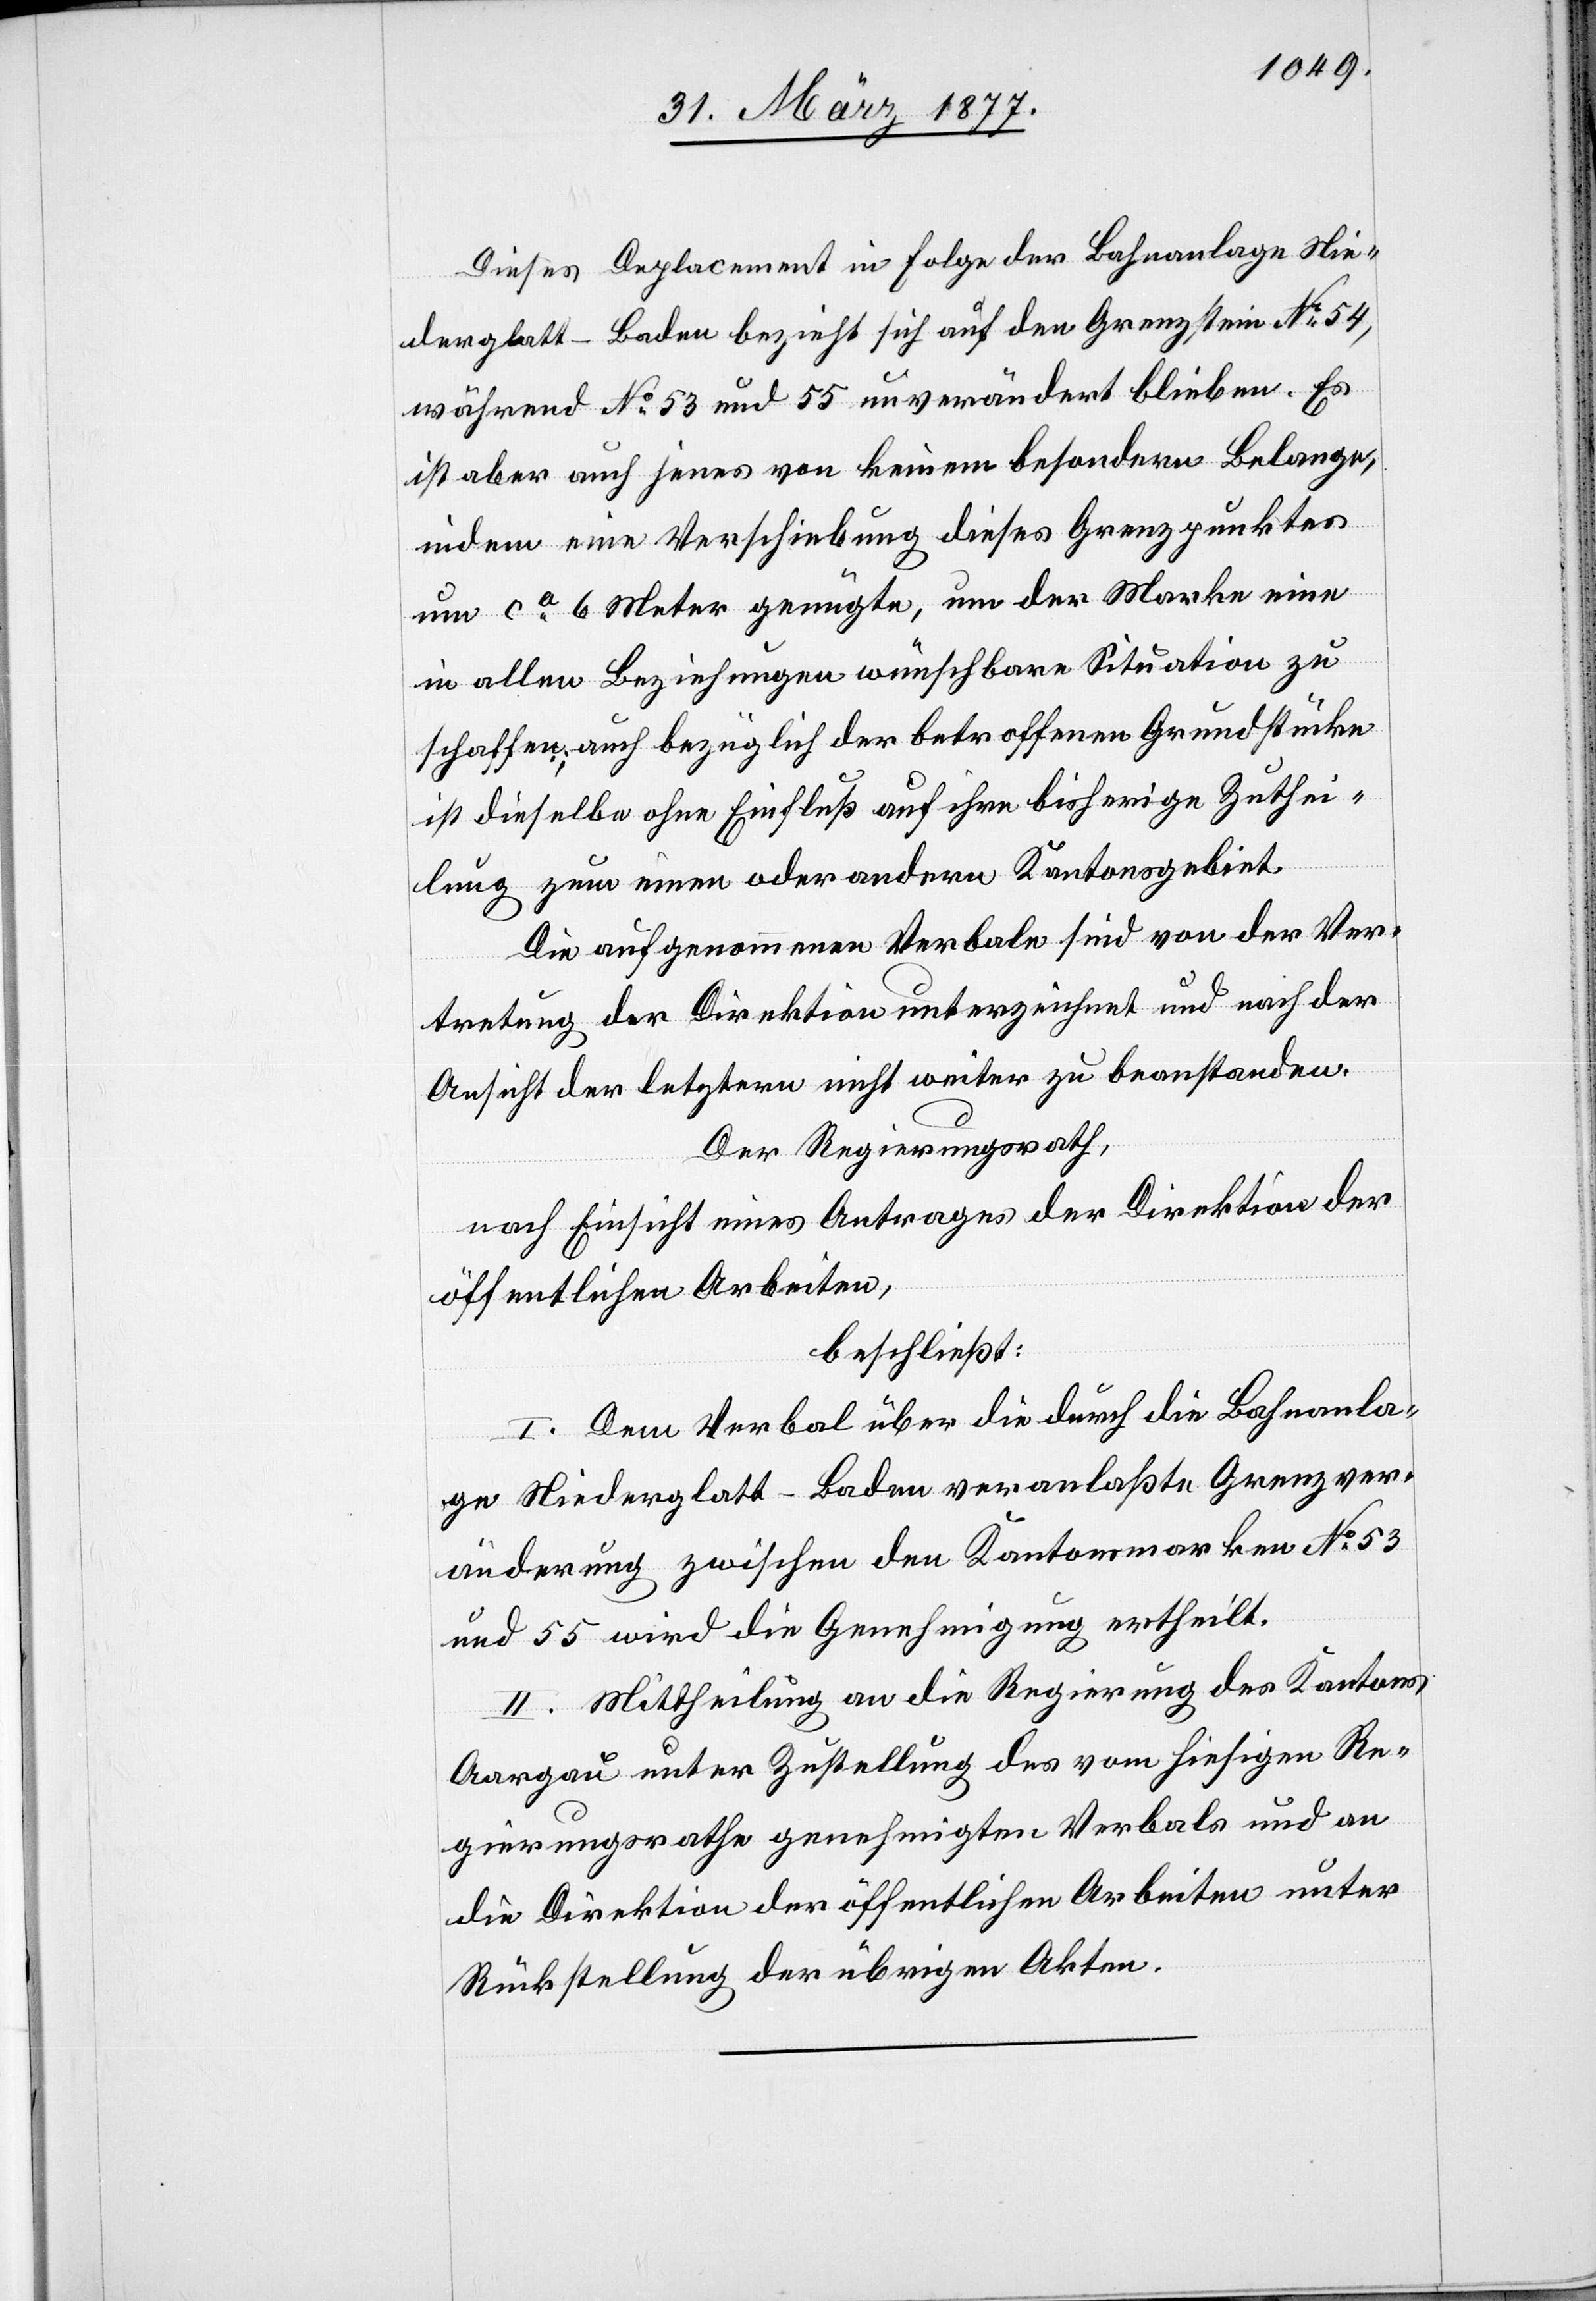
Dieses Deplacement in Folge der Bahnanlage Nie¬
derglatt–Baden bezieht sich auf den Grenzstein No 54,
während No 53 und 55 unverändert blieben. Es
ist aber auch jenes von keinem besondern Belange,
indem eine Verschiebung dieses Grenzpunktes
um ca 6 Meter genügte, um der Marke eine
in allen Beziehungen wünschbare Situation zu
schaffen; auch bezüglich der betroffenen Grundstücke
ist dieselbe ohne Einfluß auf ihre bisherige Zuthei¬
lung zum einen oder andern Kantonsgebiet.
Die aufgenommenen Verbale sind von der Ver¬
tretung der Direktion unterzeichnet und nach der
Ansicht der letztern nicht weiter zu beanstanden.
Der Regierungsrath,
nach Einsicht eines Antrages der Direktion der
öffentlichen Arbeiten,
beschließt:
I. Dem Verbal über die durch die Bahnanla¬
ge Niederglatt–Baden veranlaßte Grenzver¬
änderung zwischen den Kantonsmarken No 53
und 55 wird die Genehmigung ertheilt.
II. Mittheilung an die Regierung des Kantons
Aargau unter Zustellung des vom hiesigen Re¬
gierungsrathe genehmigten Verbals und an
die Direktion der öffentlichen Arbeiten unter
Rückstellung der übrigen Akten.